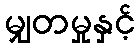
မျှတမှုနှင့်